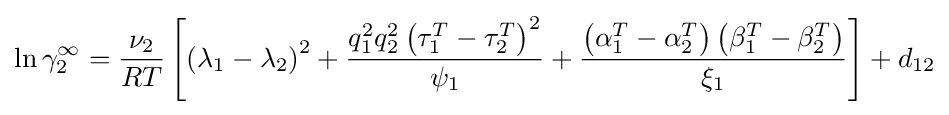
\ln \gamma _{2}^{\infty }={\frac {\nu _{2}}{RT}}\left[\left(\lambda _{1}-\lambda _{2}\right)^{2}+{\frac {q_{1}^{2}q_{2}^{2}\left(\tau _{1}^{T}-\tau _{2}^{T}\right)^{2}}{\psi _{1}}}+{\frac {\left(\alpha _{1}^{T}-\alpha _{2}^{T}\right)\left(\beta _{1}^{T}-\beta _{2}^{T}\right)}{\xi _{1}}}\right]+d_{12}